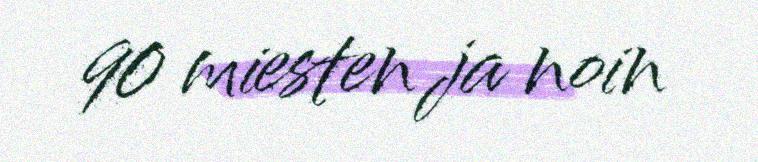
90 miesten ja noin